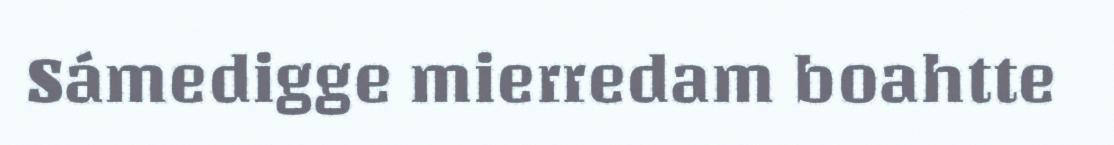
Sámedigge mierredam boahtte